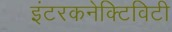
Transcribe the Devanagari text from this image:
इंटरकनेक्टिविटी